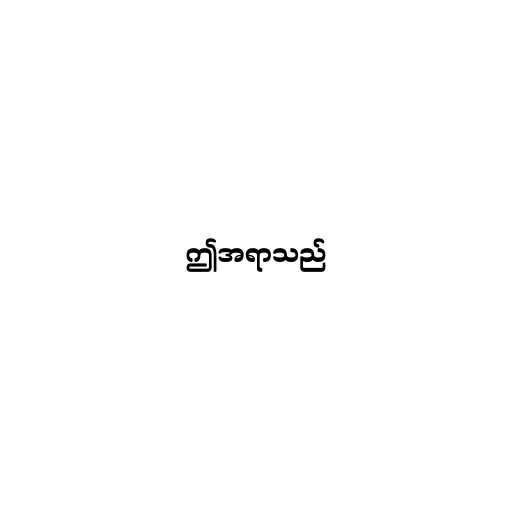
ဤအရာသည်